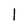
Character: l